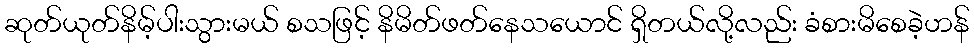
ဆုတ်ယုတ်နိမ့်ပါးသွားမယ် စသဖြင့် နိမိတ်ဖတ်နေသယောင် ရှိတယ်လို့လည်း ခံစားမိစေခဲ့ဟန်